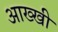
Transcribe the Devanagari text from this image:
आख्खी